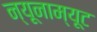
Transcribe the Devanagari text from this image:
न्यूनाम्यूट